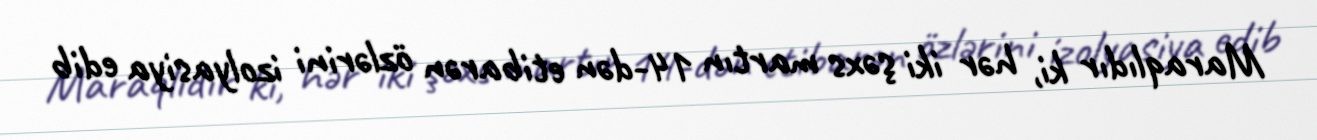
Maraqlıdır ki, hər iki şəxs martın 14-dən etibarən özlərini izolyasiya edib